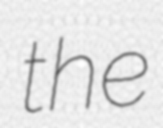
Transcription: the